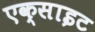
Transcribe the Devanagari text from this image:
एक्साइट